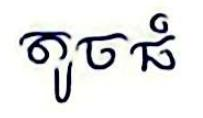
តូចធំ